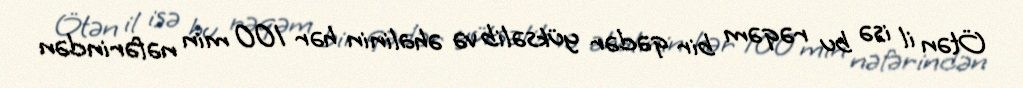
Ötən il isə bu rəqəm bir qədər yüksəlib və əhalinin hər 100 min nəfərindən